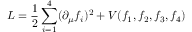
L = { \frac { 1 } { 2 } } \sum _ { i = 1 } ^ { 4 } ( \partial _ { \mu } f _ { i } ) ^ { 2 } + V ( f _ { 1 } , f _ { 2 } , f _ { 3 } , f _ { 4 } )